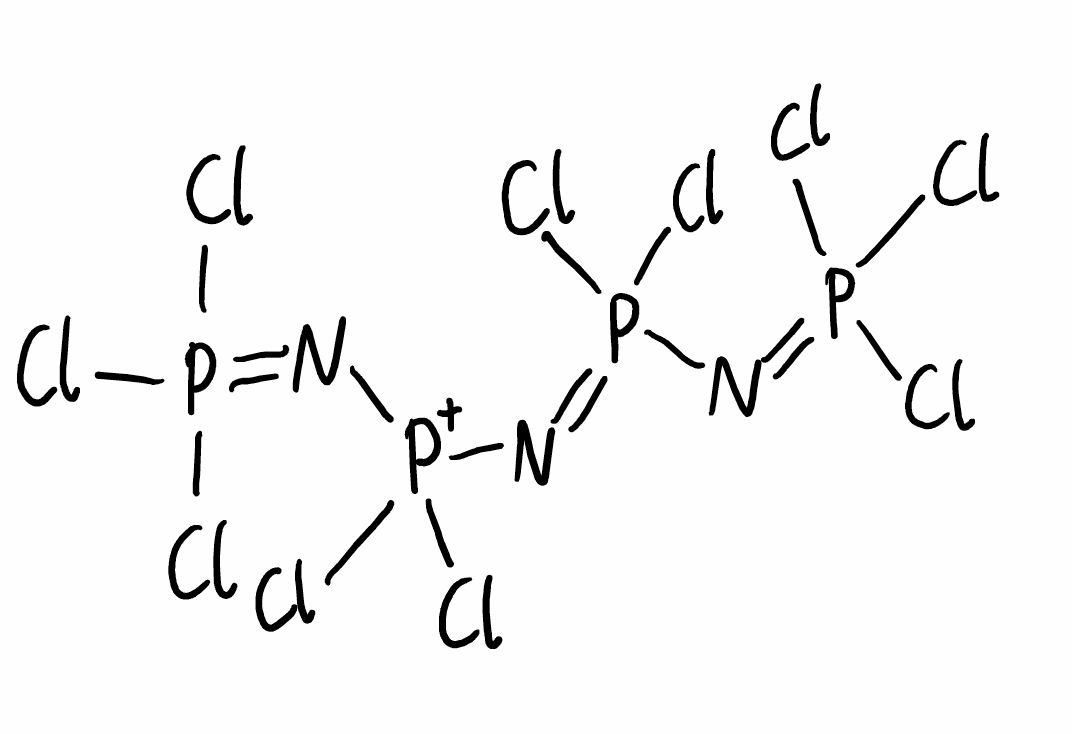
Simplified molecular-input line-entry system (SMILES) notation of the given molecule:
N(=P(Cl)(Cl)Cl)P(=N[P+](N=P(Cl)(Cl)Cl)(Cl)Cl)(Cl)Cl